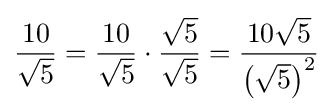
{\frac {10}{\sqrt {5}}}={\frac {10}{\sqrt {5}}}\cdot {\frac {\sqrt {5}}{\sqrt {5}}}={\frac {10{\sqrt {5}}}{\left({\sqrt {5}}\right)^{2}}}